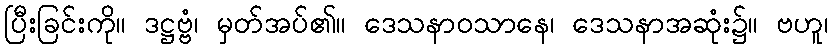
ပြီးခြင်းကို။ ဒဋ္ဌဗ္ဗံ၊ မှတ်အပ်၏။ ဒေသနာဝသာနေ၊ ဒေသနာအဆုံး၌။ ဗဟူ၊